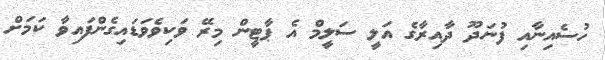
ހުސެއިނާއި ފުނަދޫ ދާއިރާގެ އަލީ ސަލީމް އެ ޕާޓީން މިރޭ ވަކިވެވަޑައިގެންފައިވާ ކަމަށް